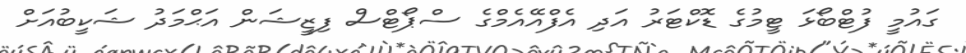
ގައުމީ ފުޓްބޯޅަ ޓީމުގެ ޑޮކްޓަރު އަދި އެފްއޭއެމްގެ ސްޕޯޓްސް ފިޒީޝަން އަޙްމަދު ޝަކީބުއަށް